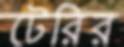
টেরির